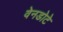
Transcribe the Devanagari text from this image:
वेनडोटे